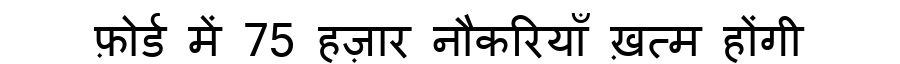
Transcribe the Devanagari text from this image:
फ़ोर्ड में 75 हज़ार नौकरियाँ ख़त्म होंगी